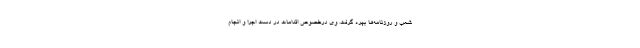
شعب و روزنامه‌ها بهره گرفت. وی درخصوص اقدامات در دست اجرا و انجام